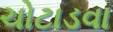
ચોટાડવા